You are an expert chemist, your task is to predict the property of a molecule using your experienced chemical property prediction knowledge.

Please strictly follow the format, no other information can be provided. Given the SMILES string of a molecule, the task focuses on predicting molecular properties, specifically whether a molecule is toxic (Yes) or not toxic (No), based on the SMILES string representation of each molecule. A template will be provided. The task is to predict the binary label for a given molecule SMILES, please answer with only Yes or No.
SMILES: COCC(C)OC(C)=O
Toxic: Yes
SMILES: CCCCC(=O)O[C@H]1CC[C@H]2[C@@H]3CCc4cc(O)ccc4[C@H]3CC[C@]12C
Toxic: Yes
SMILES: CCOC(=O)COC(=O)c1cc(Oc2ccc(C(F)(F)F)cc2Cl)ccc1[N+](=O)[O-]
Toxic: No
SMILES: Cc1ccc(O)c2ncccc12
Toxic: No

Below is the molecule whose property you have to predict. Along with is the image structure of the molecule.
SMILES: O=NN1CCOCC1
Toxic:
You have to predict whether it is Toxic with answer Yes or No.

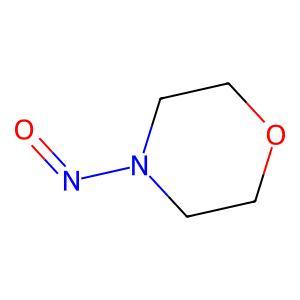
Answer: No